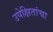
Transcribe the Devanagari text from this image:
उपेक्षितांचा